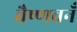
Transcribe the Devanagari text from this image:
वैष्णवनँ